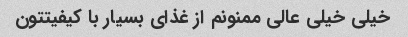
خیلی خیلی عالی ممنونم از غذای بسیار با کیفیتتون